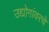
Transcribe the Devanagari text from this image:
उद्योगांवरचे